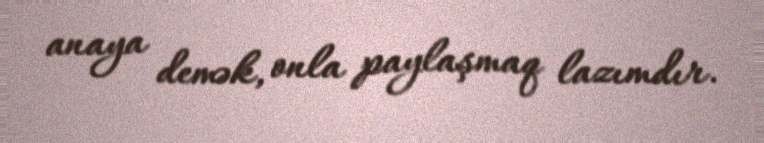
anaya demək, onla paylaşmaq lazımdır.